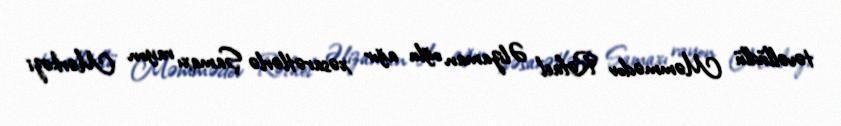
təvəllüdlü Məmmədov Rəfael Əlizaman oğlu ağır xəsarətlərlə Şamaxı rayon Mərkəzi